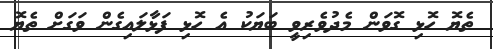
ތެޔޮ ހޮޅި ގޮވަން މެދުވެރިވީ ބަޔަކު އެ ހޮޅި ފަޅާލައިގެން ވަގަށް ތެޔޮ